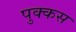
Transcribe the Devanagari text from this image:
पुक्कस